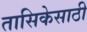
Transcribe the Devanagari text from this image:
तासिकेसाठी